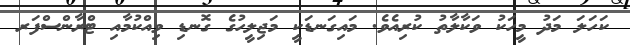
ކަހަލަ މަދު މީހަކު ވަކާލާތު ކުރިއެވެ. މައިގަނޑަކީ މަޖިލީހުގެ ގޮނޑި ވިއްކުމާއި ޓްރާންސްފަރ